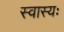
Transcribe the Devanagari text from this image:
स्वास्यः